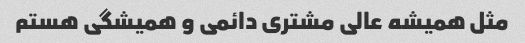
مثل همیشه عالی مشتری دائمی و همیشگی هستم